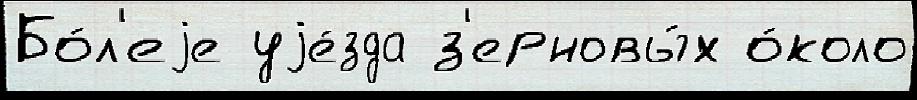
Бо́л'еjе уjе́зда з'ерновы́х о́коло